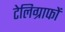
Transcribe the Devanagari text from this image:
टेलिग्राफों